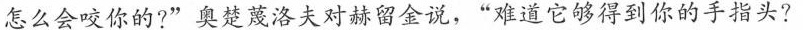
怎么会咬你的?”奥楚蔑洛夫对赫留金说，“难道它够得到你的手指头?